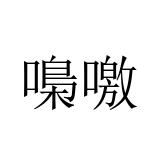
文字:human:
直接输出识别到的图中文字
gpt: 嘄噭